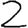
Digit: 2